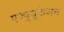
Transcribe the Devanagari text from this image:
एज्युयूकेशन